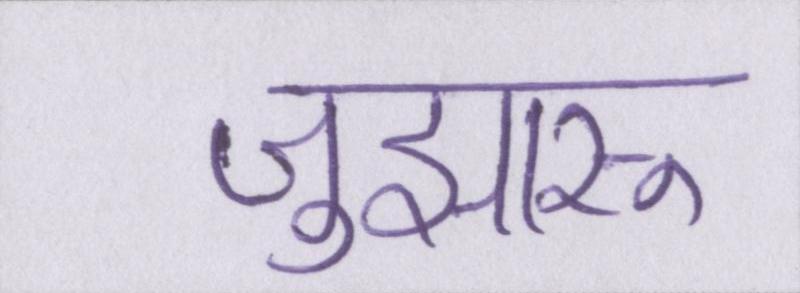
जुझारू